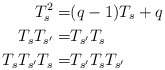
\begin{align*} T_s^2=&(q-1)T_s+q&&\\ T_sT_{s'}=&T_{s'}T_s&&\\ T_sT_{s'}T_s=&T_{s'}T_sT_{s'}&& \end{align*}